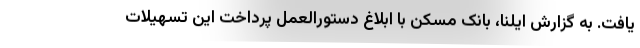
یافت. به گزارش ایلنا، بانک مسکن با ابلاغ دستورالعمل پرداخت این تسهیلات